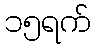
၁၅ရက်